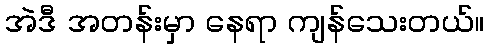
အဲဒီ အတန်းမှာ နေရာ ကျန်သေးတယ်။